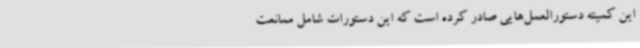
این کمیته دستورالعمل‌هایی صادر کرده است که این دستورات شامل ممانعت